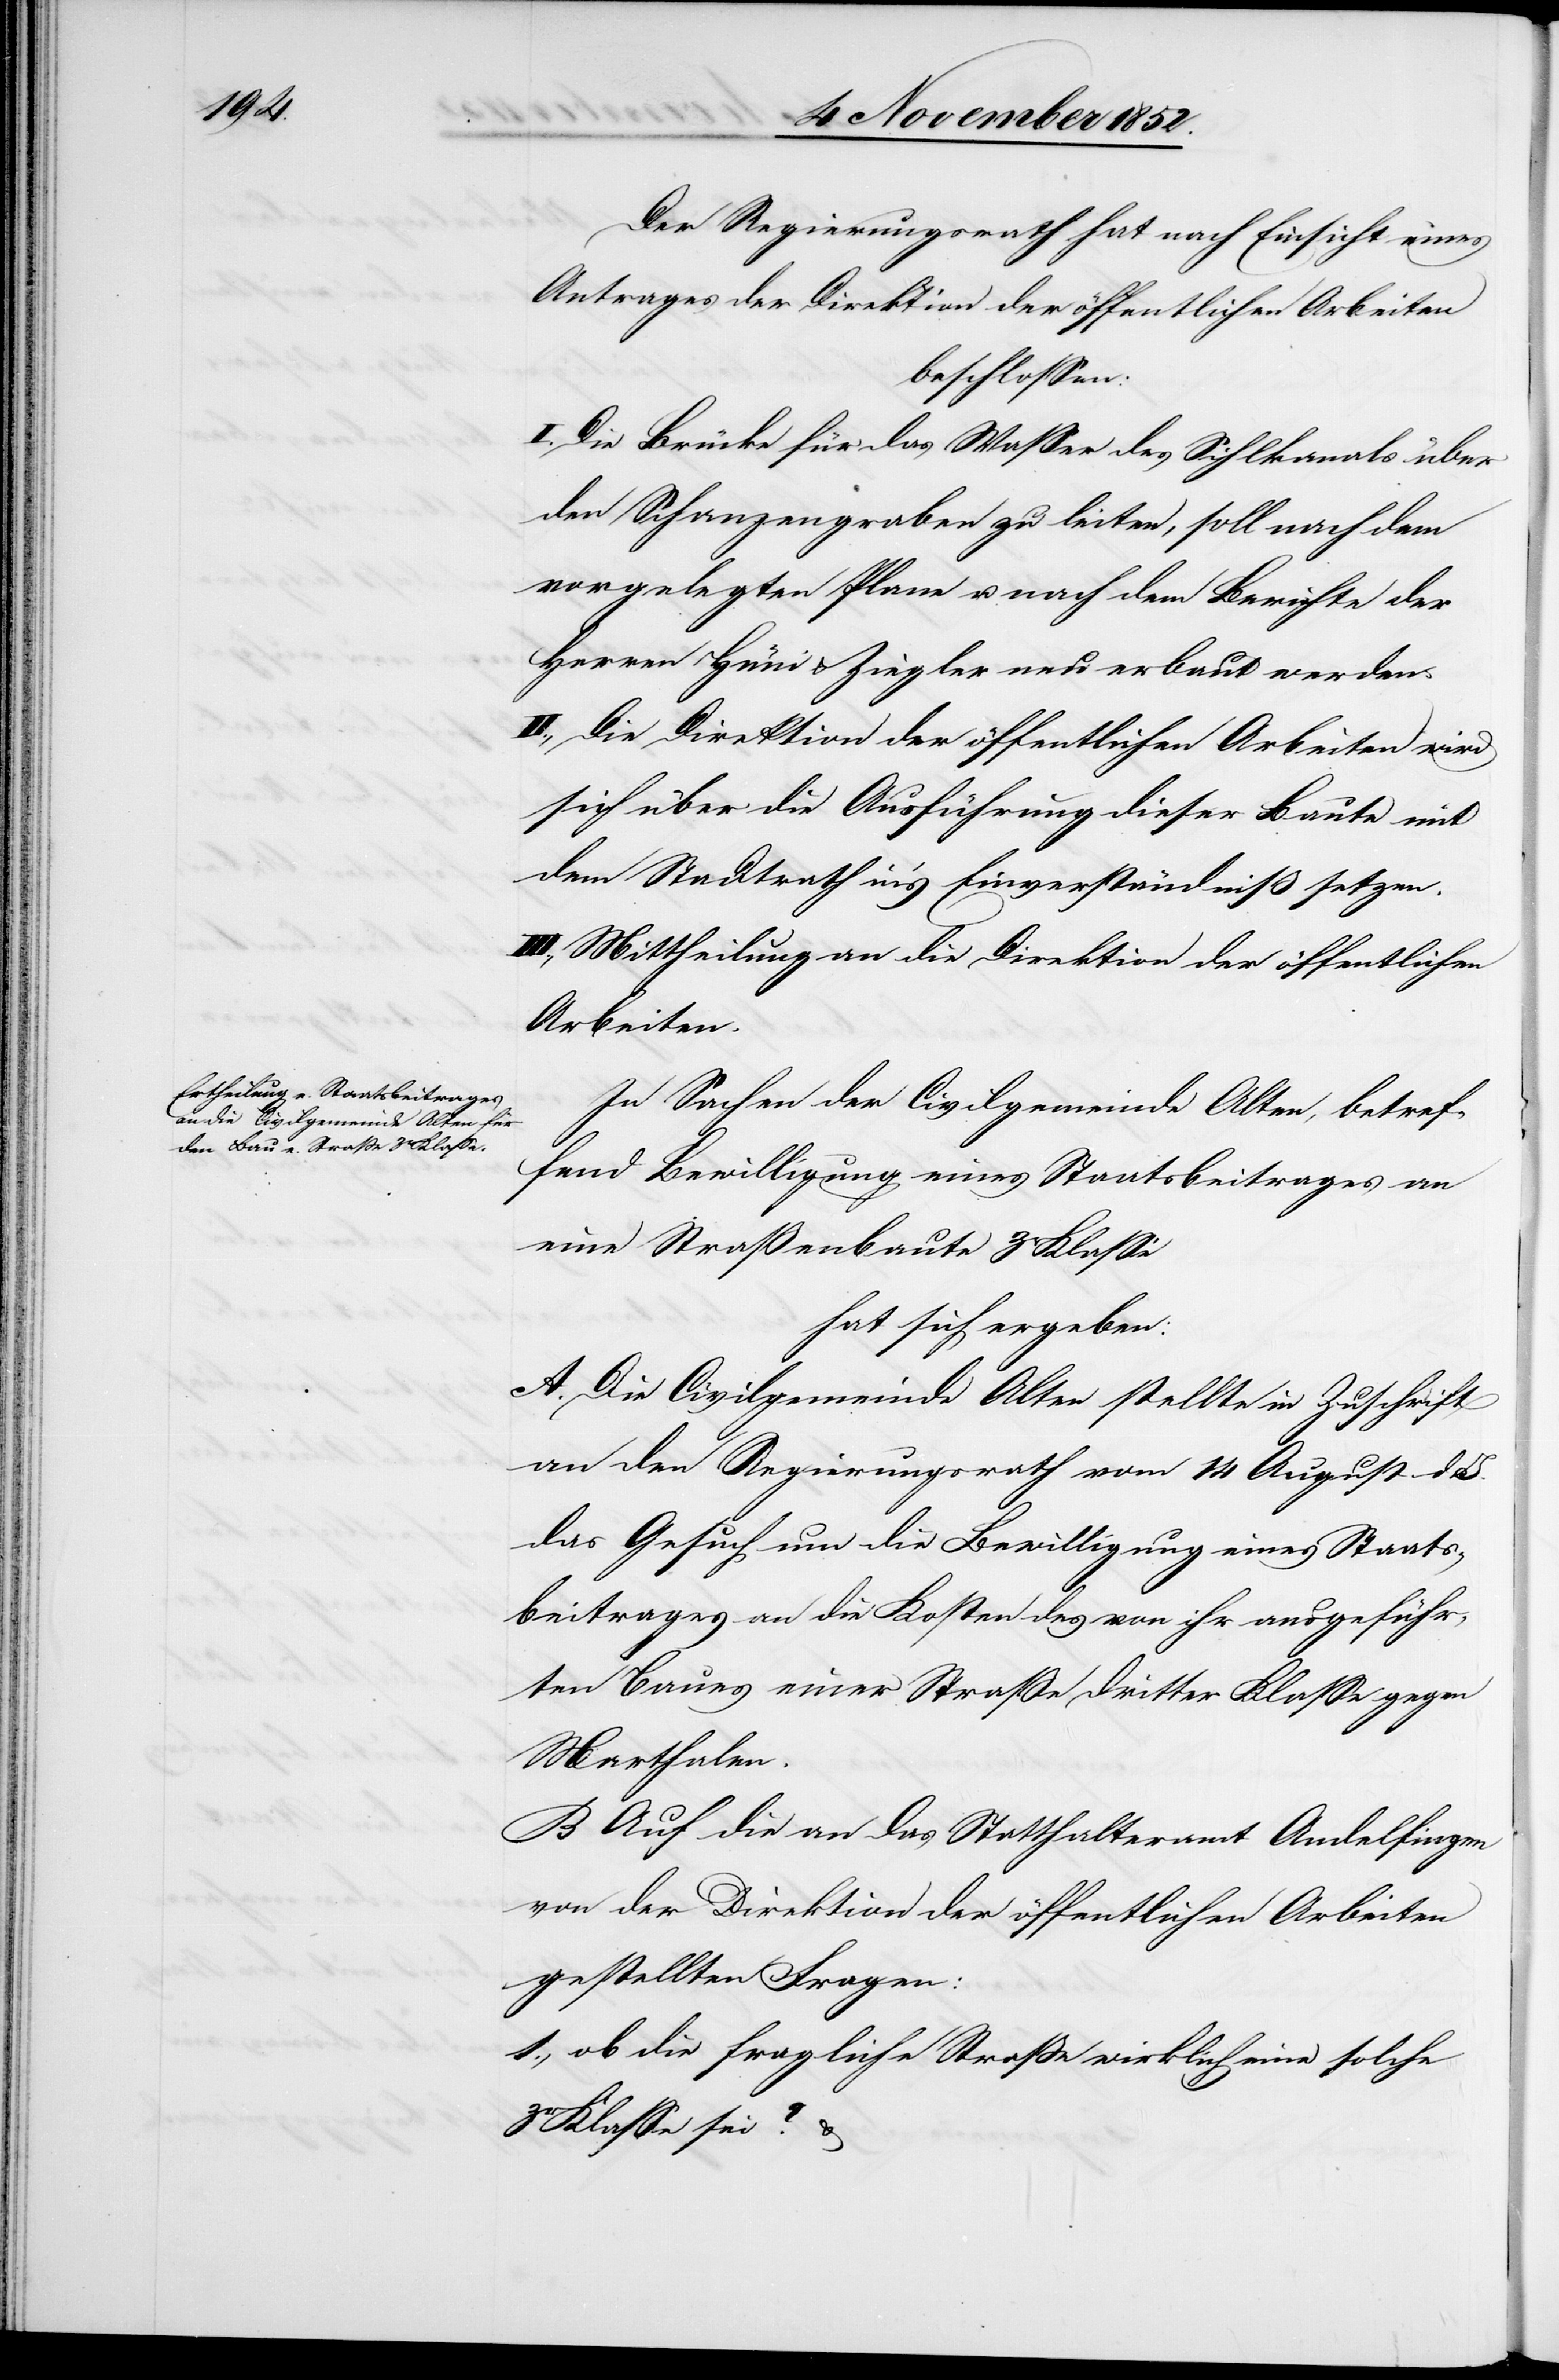
Der Regierungsrath hat nach Einsicht eines
Antrages der Direktion der öffentlichen Arbeiten
beschlossen:
I. Die Brücke für das Wasser des Sihlkanals über
den Schanzengraben zu leiten, soll nach dem
vorgelegten Plane u. nach dem Berichte der
Herren Hüni & Ziegler neu erbaut werden.
II., Die Direktion der öffentlichen Arbeiten wird
sich über die Ausführung dieser Baute mit
dem Stadtrath in’s Einverständniß setzen.
III., Mittheilung an die Direktion der öffentlichen
Arbeiten.
In Sachen der Civilgemeinde Alten, betref¬
fend Bewilligung eines Staatsbeitrages an
eine Straßenbaute 3r Klasse
hat sich ergeben:
A. Die Civilgemeinde Alten stellte in Zuschrift
an den Regierungsrath vom 14 August d.
das Gesuch um die Bewilligung eines Staats¬
beitrages an die Kosten des von ihr ausgeführ¬
ten Baues einer Straße dritter Klasse gegen
Marthalen.
B Auf die an das Statthalteramt Andelfingen
von der Direktion der öffentlichen Arbeiten
gestellten Fragen:
1., ob die fragliche Straße wirklich eine solche
3r Klasse sei? &